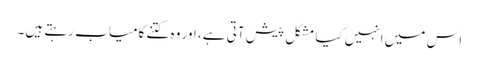
اس میں انہیں کیا مشکل پیش آتی ہے، اور وہ کتنے کامیاب رہتے ہیں۔